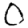
Digit: 0